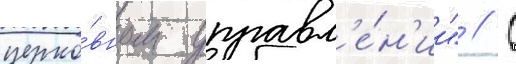
церко́вном управл'е́н'ии" // С